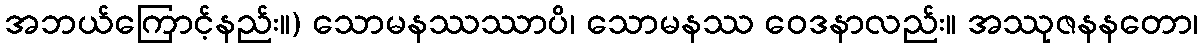
အဘယ်ကြောင့်နည်း။) သောမနဿဿာပိ၊ သောမနဿ ဝေဒနာလည်း။ အဿုဇနနတော၊